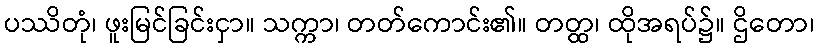
ပဿိတုံ၊ ဖူးမြင်ခြင်းငှာ။ သက္ကာ၊ တတ်ကောင်း၏။ တတ္ထ၊ ထိုအရပ်၌။ ဌိတော၊